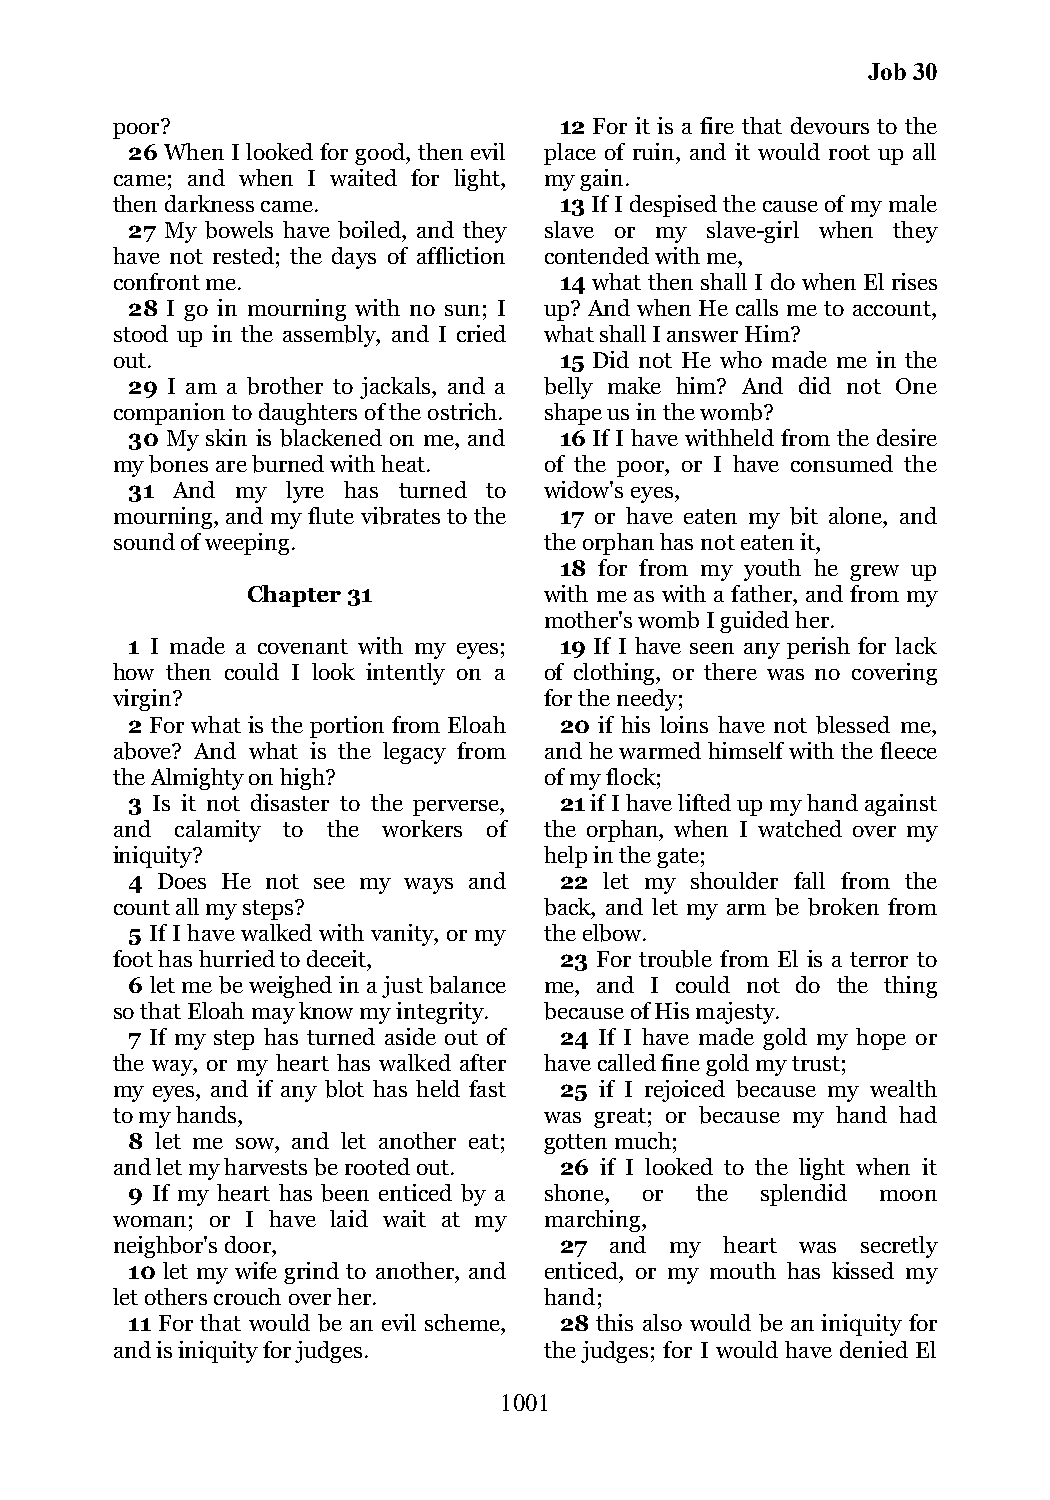
Job 30
 poor?                         12 For it is a fire that devours to the
 26 When I looked for good, then evil place of ruin, and it would root up all
 came; and when I waited for light, my gain.
 then darkness came.           13 If I despised the cause of my male
 27 My bowels have boiled, and they slave or my slave-girl when they
 have not rested; the days of affliction contended with me,
 confront me.                  14 what then shall I do when El rises
 28 I go in mourning with no sun; I up? And when He calls me to account,
 stood up in the assembly, and I cried what shall I answer Him?
 out.                          15 Did not He who made me in the
 29 I am a brother to jackals, and a belly make him? And did not One
 companion to daughters of the ostrich. shape us in the womb?
 30 My skin is blackened on me, and 16 If I have withheld from the desire
 my bones are burned with heat. of the poor, or I have consumed the
 31 And  my lyre has turned to widow's eyes,
 mourning, and my flute vibrates to the 17 or have eaten my bit alone, and
 sound of weeping.            the orphan has not eaten it,
 18 for from my youth he grew up
 Chapter 31          with me as with a father, and from my
 mother's womb I guided her.
 1 I made a covenant with my eyes; 19 If I have seen any perish for lack
 how then could I look intently on a of clothing, or there was no covering
 virgin?                      for the needy;
 2 For what is the portion from Eloah 20 if his loins have not blessed me,
 above? And what is the legacy from and he warmed himself with the fleece
 the Almighty on high?        of my flock;
 3 Is it not disaster to the perverse, 21 if I have lifted up my hand against
 and  calamity to the workers of the orphan, when I watched over my
 iniquity?                    help in the gate;
 4 Does He not see my ways and 22 let my shoulder fall from the
 count all my steps?          back, and let my arm be broken from
 5 If I have walked with vanity, or my the elbow.
 foot has hurried to deceit,   23 For trouble from El is a terror to
 6 let me be weighed in a just balance me, and I could not do the thing
 so that Eloah may know my integrity. because of His majesty.
 7 If my step has turned aside out of 24 If I have made gold my hope or
 the way, or my heart has walked after have called fine gold my trust;
 my eyes, and if any blot has held fast 25 if I rejoiced because my wealth
 to my hands,                 was great; or because my hand had
 8 let me sow, and let another eat; gotten much;
 and let my harvests be rooted out. 26 if I looked to the light when it
 9 If my heart has been enticed by a shone, or the splendid moon
 woman; or I have laid wait at my marching,
 neighbor's door,              27 and my  heart was secretly
 10 let my wife grind to another, and enticed, or my mouth has kissed my
 let others crouch over her.  hand;
 11 For that would be an evil scheme, 28 this also would be an iniquity for
 and is iniquity for judges.  the judges; for I would have denied El
 1001